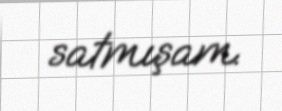
satmışam.